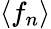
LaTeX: \langle f_{n}\rangle